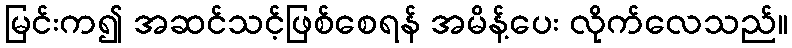
မြင်းက၍ အဆင်သင့်ဖြစ်စေရန် အမိန့်ပေး လိုက်လေသည်။